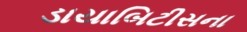
ડાયાબિટીસના